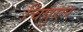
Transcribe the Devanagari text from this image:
चिपुएर